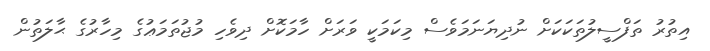
އިތުރު ތަފްސީލުތަކަކަށް ނުދިޔަނަމަވެސް މިކަމަކީ ވަރަށް ހާމަކޮށް ދިވެހި މުޖުތަމަޢުގެ މިހާރުގެ ޙާލަތުން